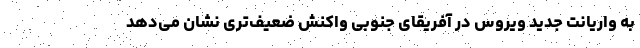
به واریانت جدید ویروس در آفریقای جنوبی واکنش ضعیف‌تری نشان می‌دهد